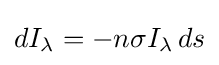
dI_{\lambda }=-n\sigma I_{\lambda }\,ds